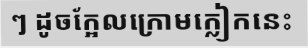
ៗ ដូចក្អែលក្រោមក្លៀកនេះ